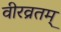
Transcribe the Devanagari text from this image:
वीरव्रतम्‌